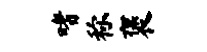
嗜称褒